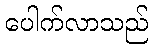
ပေါက်လာသည်